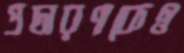
প্রচারণাকেও